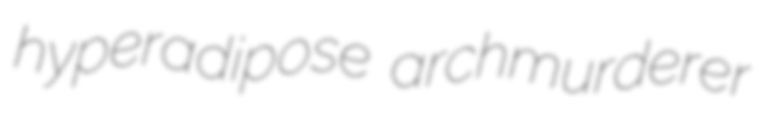
hyperadipose archmurderer